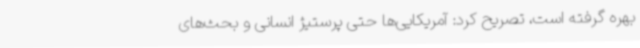
بهره گرفته است، تصریح کرد: آمریکایی‌ها حتی پرستیژ انسانی و بحث‌های